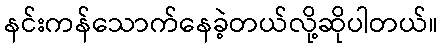
နင်းကန်သောက်နေခဲ့တယ်လို့ဆိုပါတယ်။